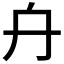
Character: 𠔾